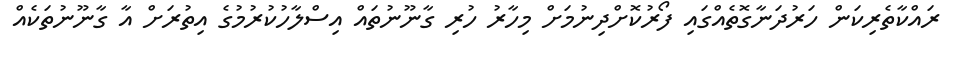
ރައްކާތެރިކަން ހަރުދަނާގޮތެއްގައި ފޯރުކޮށްދިނުމަށް މިހާރު ހުރި ގާނޫނުތައް އިސްލާހުކުރުމުގެ އިތުރަށް އާ ގާނޫނުތަކެއް